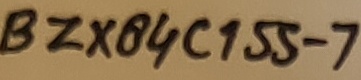
Text: BZX84C155-7